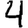
Digit: 4